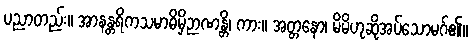
ပညာတည်း။ အာနန္တရိကသမာဓိမှိဉာဏန္တိ၊ ကား။ အတ္တနော၊ မိမိဟုဆိုအပ်သောမဂ်၏။